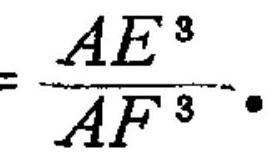
\(=\frac{AE^{3}}{AF^{3}}\)